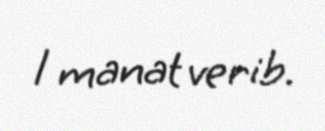
1 manat verib.